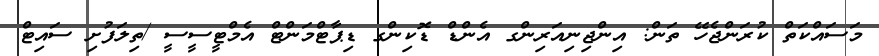
މަސައްކަތް ކުރަންޖެހޭ ތަން: އިންޖިނިއަރިންގ އެންޑް ޑޮކިންގ ޑިޕާޓްމަންޓް އެމްޓީސީސީ /ތިލަފުށި ސައިޓް